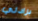
برادلي